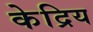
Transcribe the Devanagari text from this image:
केद्रिय